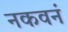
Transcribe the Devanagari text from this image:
नकवनं